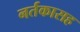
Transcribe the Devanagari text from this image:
नर्तकासह